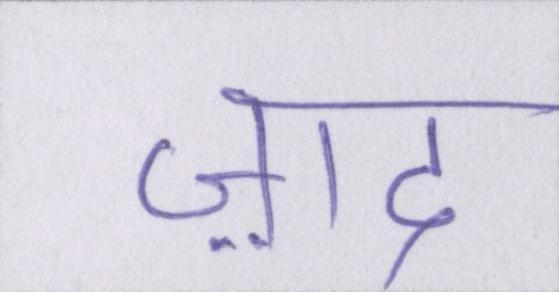
ज़ाद